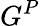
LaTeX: G^{P}